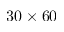
3 0 \times 6 0